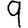
Digit: 9